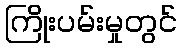
ကြိုးပမ်းမှုတွင်